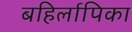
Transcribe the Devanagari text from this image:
बहिर्लापिका